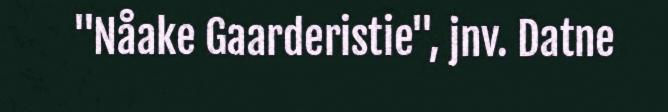
"Nåake Gaarderistie", jnv. Datne